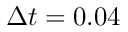
\Delta t = 0 . 0 4